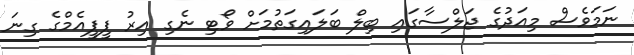
ނަމަވެސް މިއަދުގެ ޖަލްސާގައި ބިލް ބަލައިގަތުމަށް ވޯޓި ނެގި އިރު ޕީޕީއެމްގެ ގިނަ